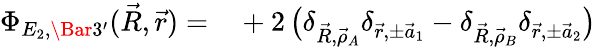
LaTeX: \begin{array}{rl}{\Phi_{E_{2},\Bar 3^{\prime}}(\vec{R},\vec{r})=}&{{}+2\, \big(\delta_{\vec{R},\vec{\rho}_{A}}\delta_{\vec{r},\pm\vec{a}_{1}}-\delta_{\vec{R},\vec{\rho}_{B}}\delta_{\vec{r},\pm\vec{a}_{2}}\big)}\end{array}